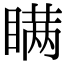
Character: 瞒